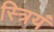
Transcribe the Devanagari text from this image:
स्त्रियं